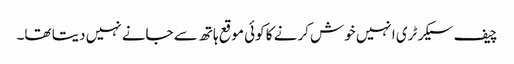
چیف سیکرٹری انہیں خوش کرنے کا کوئی موقع ہاتھ سے جانے نہیں دیتا تھا۔